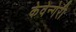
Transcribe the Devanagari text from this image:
केवेन्गेरी